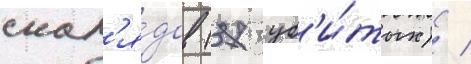
снар'я́дов (37 уб'и́тых) /